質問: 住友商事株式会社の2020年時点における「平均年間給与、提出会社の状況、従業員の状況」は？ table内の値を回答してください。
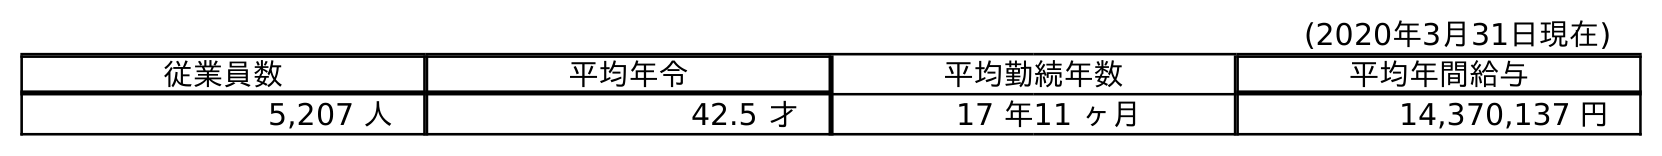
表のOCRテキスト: (2020年3月31日現在) 従業員数 平均年令 平均勤続年数 平均年間給与 5,207 人 42.5 才 17 年11 ヶ月 14,370,137 円
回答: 14,370,137円